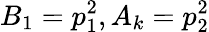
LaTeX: B_{1}=p_{1}^{2},A_{k}=p_{2}^{2}